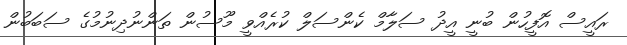
ރައީސް އޮފީހުން ބުނީ އީދު ސަލާމް ކެންސަލް ކުރެއްވީ މޫސުން ތަންނުދިނުމުގެ ސަބަބުން